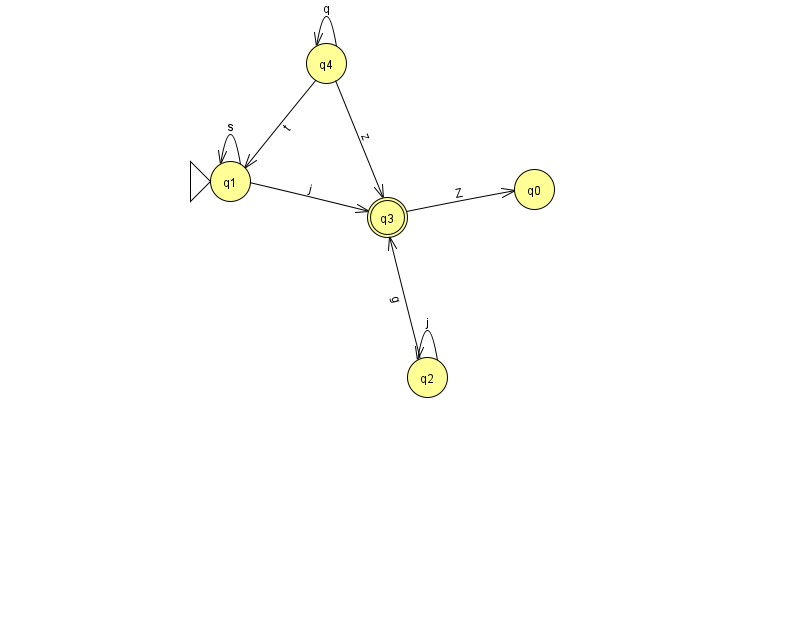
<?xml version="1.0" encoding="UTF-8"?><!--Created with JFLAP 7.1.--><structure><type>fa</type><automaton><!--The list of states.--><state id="0" name="q0"><x>534.0</x><y>176.0</y></state><state id="1" name="q1"><x>230.0</x><y>168.0</y><initial/></state><state id="2" name="q2"><x>427.0</x><y>364.0</y></state><state id="3" name="q3"><x>387.0</x><y>204.0</y><final/></state><state id="4" name="q4"><x>326.0</x><y>50.0</y></state><!--The list of transitions.--><transition><from>4</from><to>1</to><read>t</read></transition><transition><from>4</from><to>3</to><read>z</read></transition><transition><from>4</from><to>4</to><read>q</read></transition><transition><from>2</from><to>3</to><read>g</read></transition><transition><from>1</from><to>1</to><read>s</read></transition><transition><from>1</from><to>3</to><read>j</read></transition><transition><from>2</from><to>2</to><read>j</read></transition><transition><from>3</from><to>0</to><read>Z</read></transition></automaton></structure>